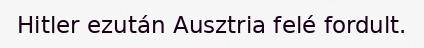
Hitler ezután Ausztria felé fordult.